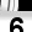
Digit: 6